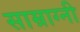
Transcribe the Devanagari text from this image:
साम्राग्नी